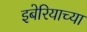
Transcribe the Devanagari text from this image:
इबेरियाच्या